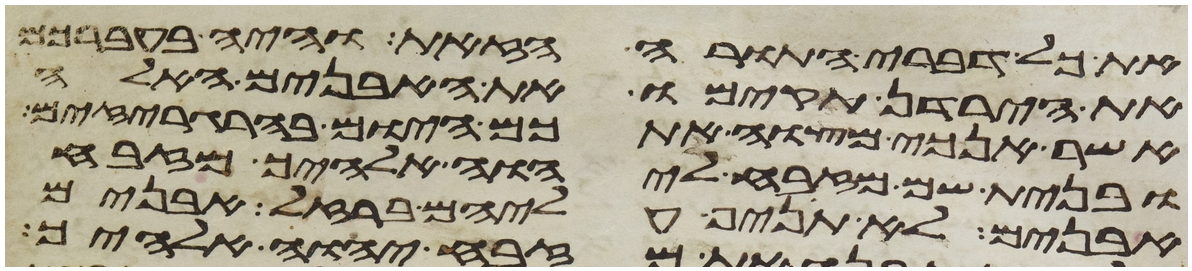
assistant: את כל דברי התורה הזאת והיה בעברכם
את הירדן תקימו את האבנים האלה
אשר אנכי מצוה אתכם היום בהרגריזים
ובנית שם מזבח ליהוה אלהיך מזבח
אבנים לא תניף עליהם ברזל אבנים